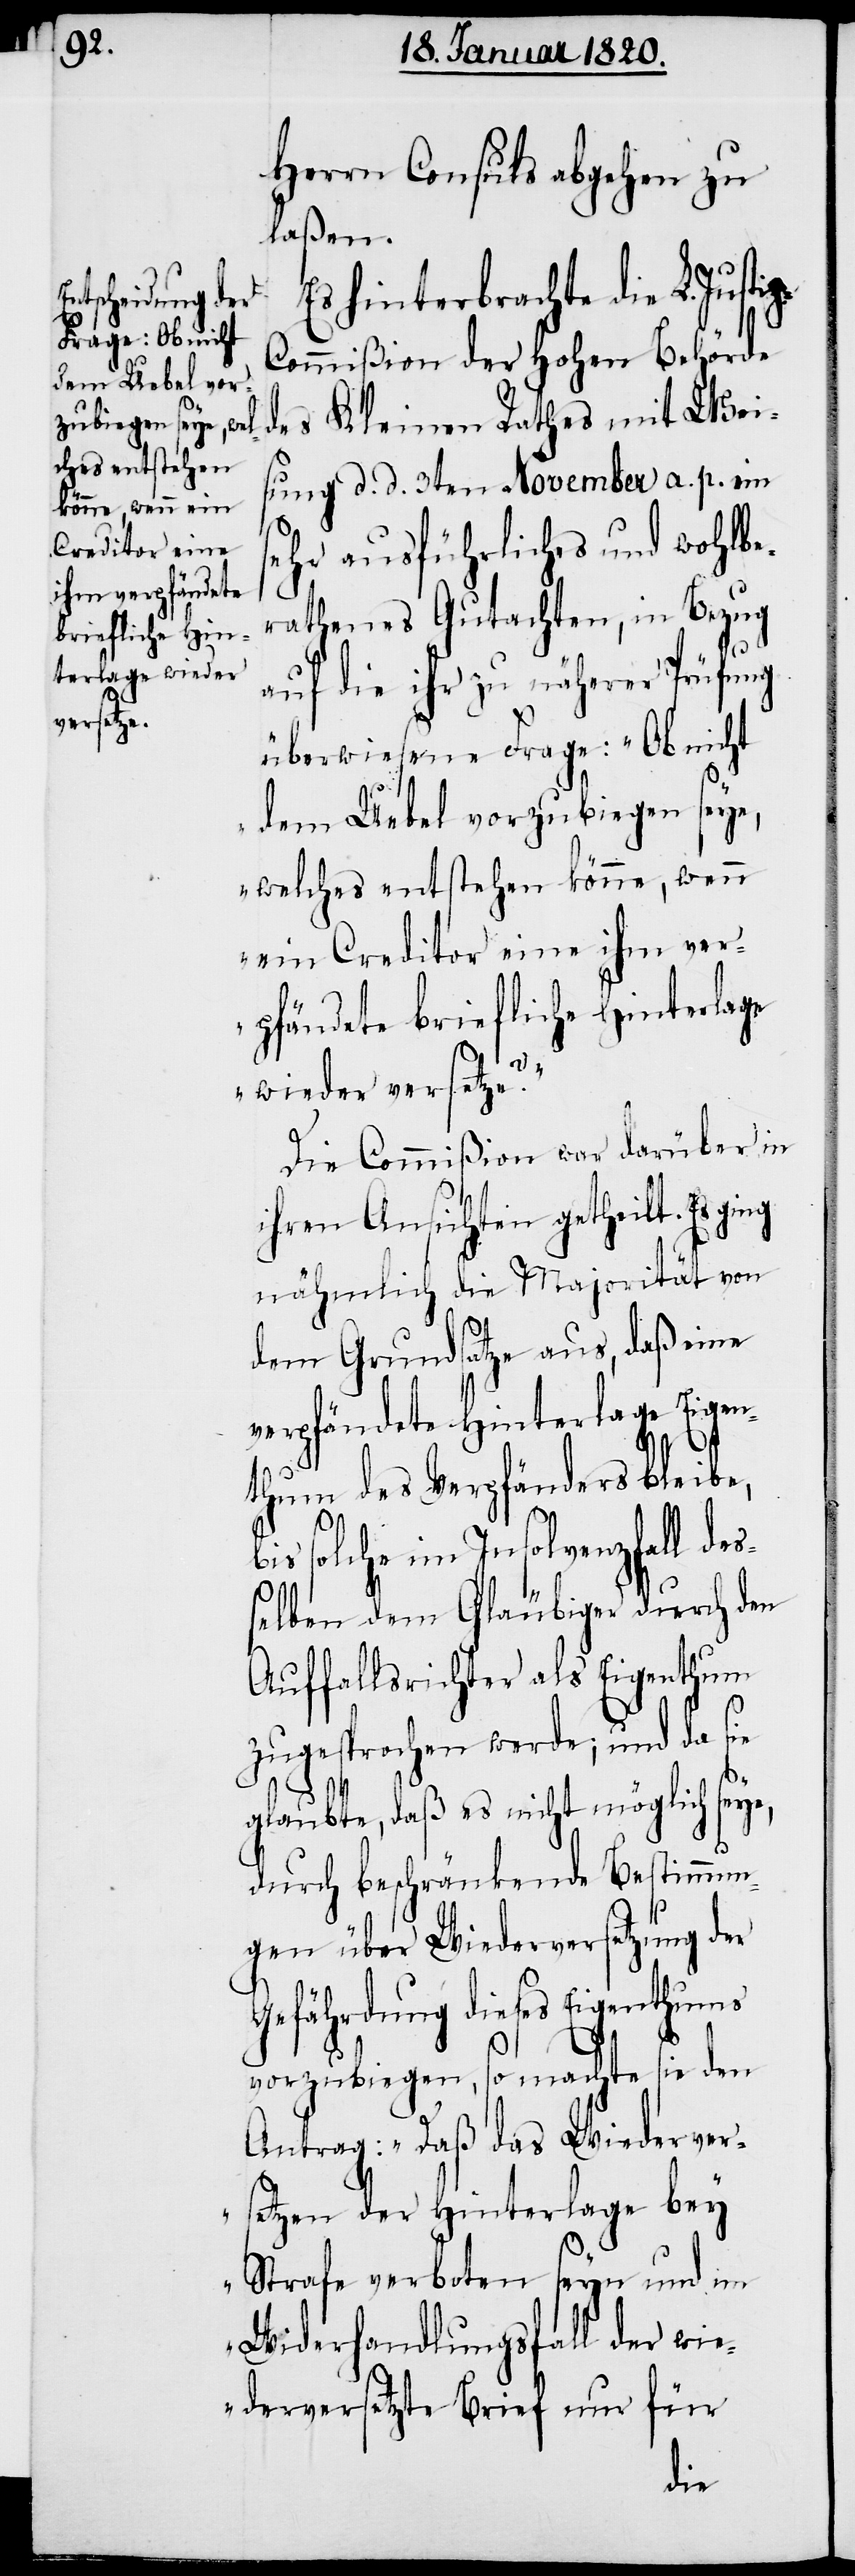
Herrn Consuls abgehen zu
laßen.
Es hinterbrachte die L. Justi¬
ommißion der Hohen Behörde
des Kleinen Rathes mit Wei¬
sung d. d. 3ten November a. p. ein
sehr ausführliches und wohlbe¬
rathenes Gutachten, in Bezug
auf die ihr zu näherer Prüfung
überwiesene Frage: „Ob nicht
dem Uebel vorzubiegen seye,
welches entstehen könne, wenn
ein Creditor eine ihm ver¬
pfändete briefliche Hinterlage
e?“
wieder versetz¬
Die Commißion war darüber in
ihren Ansichten getheilt. Es ging
nähmlich die Majorität von
dem Grundsatze aus, daß eine
verpfändete Hinterlage Eigen¬
thum des Verpfänders bleibe,
bis solche im Insolvenzfall deß¬
elben dem Gläubiger durch den
Auffallsrichter als Eigenthum
zugesprochen werde; und da sie
e,
glaubte, daß es nicht möglich sey¬
durch beschränkende Bestimmun¬
gen über Wiederversetzung der
Gefährdung dieses Eigenthums
vorzubiegen, so macht sie den
Antrag: „Daß das Wiederver¬
setzen der Hinterlage bey
Strafe verboten seyn und im
Widerhandlungsfall der wi¬
ederversetzte Brief nur für